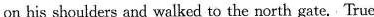
on his shoulders and walked to the north gate. True